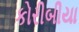
કોરીબીયા